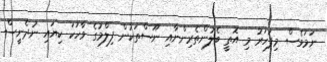
ނަމަވެސް މިފަހަރު މި އޮތީ ބެލުންތެރިންނާއި ނޫސްތަކުން ފިލްމުގެ ވާހަކަ ކިޔައި ނުދެނީސް